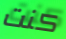
كنت